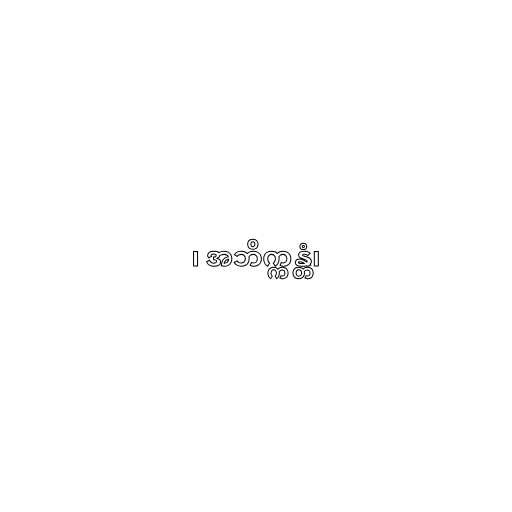
၊ အဘိက္ကန္တံ၊